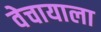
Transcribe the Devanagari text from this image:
वेचायाला